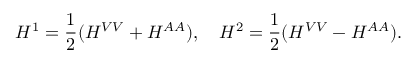
H ^ { 1 } = \frac 1 2 ( H ^ { V V } + H ^ { A A } ) , \quad H ^ { 2 } = \frac 1 2 ( H ^ { V V } - H ^ { A A } ) .